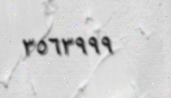
٣٥٦٣٩٩٩